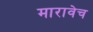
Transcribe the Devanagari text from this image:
मारावेच